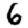
Digit: 6